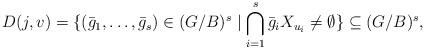
LaTeX: \begin{align*}D(j,v) = \{(\bar g_1,\hdots,\bar g_s)\in (G/B)^s\mid \bigcap_{i=1}^s \bar g_iX_{u_i}\ne \emptyset\}\subseteq (G/B)^s,\end{align*}